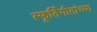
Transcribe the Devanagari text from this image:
स्फूर्तिगीतांच्या